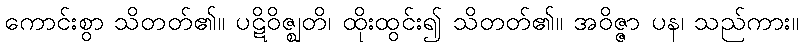
ကောင်းစွာ သိတတ်၏။ ပဋိဝိဇ္ဈတိ၊ ထိုးထွင်း၍ သိတတ်၏။ အဝိဇ္ဇာ ပန၊ သည်ကား။